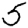
Digit: 5